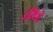
ડશર